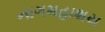
નાગમહાશય